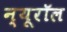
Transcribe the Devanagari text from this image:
न्यूरॉल